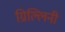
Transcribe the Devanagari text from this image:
ग्रिल्लिनी